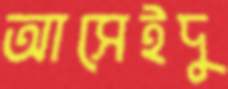
আসেইদু